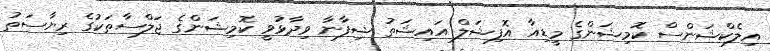
އިލެކްޝަންސް ކޮމިޝަންގެ މީޑިއާ އޮފިޝަލް އައިޝަތު ޝިފާނާ ވިދާޅުވީ ކޮމިޝަންގެ ޖަލްސާތަކުގެ ރިޔާސަތު